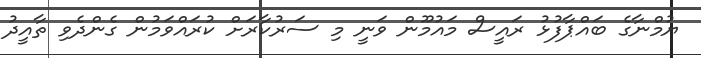
ޔުމްނާގެ ބައްޕާފުޅު ރައީސް މައުމޫން ވަނީ މި ސަރުކާރަށް ކުރައްވަމުން ގެންދެވި ތާއީދު